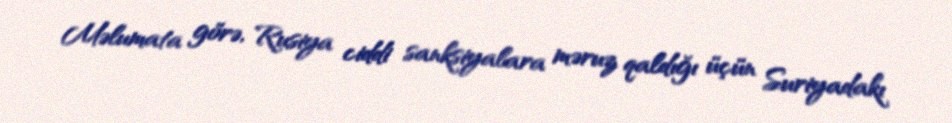
Məlumata görə, Rusiya ciddi sanksiyalara məruz qaldığı üçün Suriyadakı